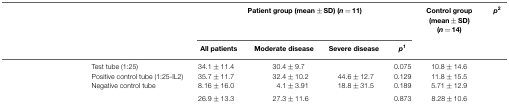
<table><thead><tr><td colspan="2">[EMPTY_CELL]</td><td colspan="4"><b>Patient group (mean ± SD) (<i>n</i> = 11)</b></td><td><b>Control group (mean ± SD) (<i>n</i> = 14)</b></td><td><b><i>p</i><sup>2</sup></b></td></tr><tr><td colspan="2">[EMPTY_CELL]</td><td><b>All patients</b></td><td><b>Moderate disease</b></td><td><b>Severe disease</b></td><td><b><i>p</i><sup>1</sup></b></td><td>[EMPTY_CELL]</td></tr></thead><tbody><tr><td>[EMPTY_CELL]</td><td>Test tube (1:25)</td><td>34.1 ± 11.4</td><td>30.4 ± 9.7</td><td>[EMPTY_CELL]</td><td>0.075</td><td>10.8 ± 14.6</td><td>[EMPTY_CELL]</td></tr><tr><td>[EMPTY_CELL]</td><td>Positive control tube (1:25-IL2)</td><td>35.7 ± 11.7</td><td>32.4 ± 10.2</td><td>44.6 ± 12.7</td><td>0.129</td><td>11.8 ± 15.5</td><td>[EMPTY_CELL]</td></tr><tr><td>[EMPTY_CELL]</td><td>Negative control tube</td><td>8.16 ± 16.0</td><td>4.1 ± 3.91</td><td>18.8 ± 31.5</td><td>0.189</td><td>5.71 ± 12.9</td><td>[EMPTY_CELL]</td></tr><tr><td>[EMPTY_CELL]</td><td>[EMPTY_CELL]</td><td>26.9 ± 13.3</td><td>27.3 ± 11.6</td><td>[EMPTY_CELL]</td><td>0.873</td><td>8.28 ± 10.6</td><td>[EMPTY_CELL]</td></tr></tbody></table>